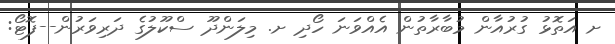
ށ އަތޮޅު ގުރުއާން މުބާރާތުން އެއްވަނަ ހޯދި ށ. މިލަންދޫ ސްކޫލުގެ ދަރިވަރުން--ފޮޓޯ: